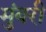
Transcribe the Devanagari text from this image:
मुंबरी